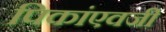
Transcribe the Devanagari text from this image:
पिकांएवजी